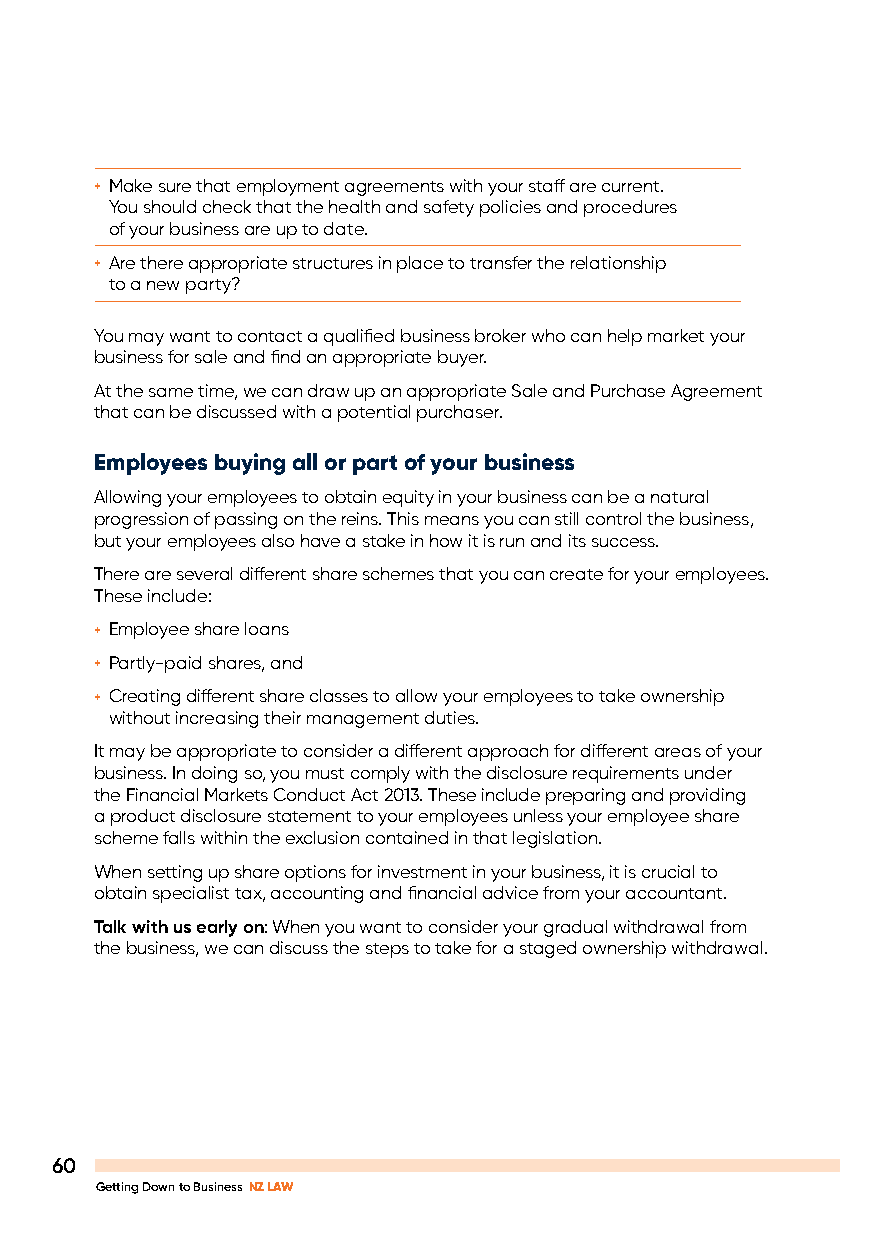
+ Make sure that employment agreements with your staff are current.
 You should check that the health and safety policies and procedures
 of your business are up to date.
 + Are there appropriate structures in place to transfer the relationship
 to a new party?
 You may want to contact a qualified business broker who can help market your
 business for sale and find an appropriate buyer.
 At the same time, we can draw up an appropriate Sale and Purchase Agreement
 that can be discussed with a potential purchaser.
 Employees buying all or part of your business
 Allowing your employees to obtain equity in your business can be a natural
 progression of passing on the reins. This means you can still control the business,
 but your employees also have a stake in how it is run and its success.
 There are several different share schemes that you can create for your employees.
 These include:
 + Employee share loans
 + Partly-paid shares, and
 + Creating different share classes to allow your employees to take ownership
 without increasing their management duties.
 It may be appropriate to consider a different approach for different areas of your
 business. In doing so, you must comply with the disclosure requirements under
 the Financial Markets Conduct Act 2013. These include preparing and providing
 a product disclosure statement to your employees unless your employee share
 scheme falls within the exclusion contained in that legislation.
 When setting up share options for investment in your business, it is crucial to
 obtain specialist tax, accounting and financial advice from your accountant.
 Talk with us early on: When you want to consider your gradual withdrawal from
 the business, we can discuss the steps to take for a staged ownership withdrawal.
 60
 Getting Down to Business NZ LAW